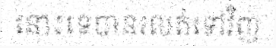
នោះទេបានរលត់ទៅវិញ